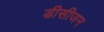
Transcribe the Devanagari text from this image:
डीसीजन